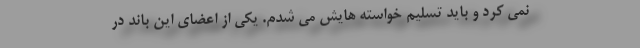
نمی کرد و باید تسلیم خواسته هایش می شدم. یکی از اعضای این باند در